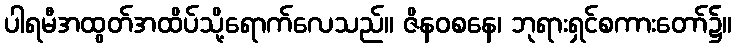
ပါရမီအထွတ်အထိပ်သို့ရောက်လေသည်။ ဇိနဝစနေ၊ ဘုရားရှင်စကားတော်၌။